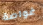
غواصة